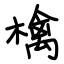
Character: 檎